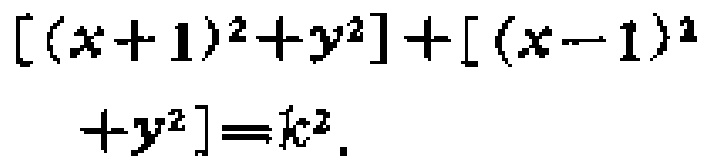
\[ [(x + 1)^2 + y^2] + [(x - 1)^2 + y^2]=k^{2}. \]